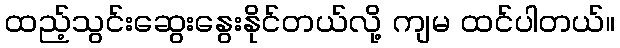
ထည့်သွင်းဆွေးနွေးနိုင်တယ်လို့ ကျမ ထင်ပါတယ်။